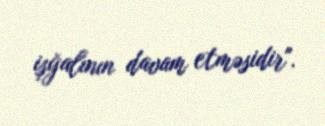
işğalının davam etməsidir".